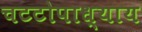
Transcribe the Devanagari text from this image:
चटटोपाध्याय